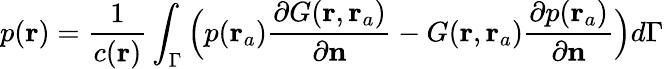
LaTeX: p(\mathbf{r})=\frac{1}{c(\mathbf{r})}\int_{\Gamma}\Big(p(\mathbf{r}_{a})\frac{\partial G(\mathbf{r},\mathbf{r}_{a})}{\partial\textbf{n}}-G(\mathbf{r},\mathbf{r}_{a})\frac{\partial p(\mathbf{r}_{a})}{\partial\textbf{n}}\Big)d\Gamma